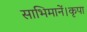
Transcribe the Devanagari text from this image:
साभिमानें।कृपा